65_HS1-834228961_62-HQ-83894_Section_10
Agency: FBI
Page 131
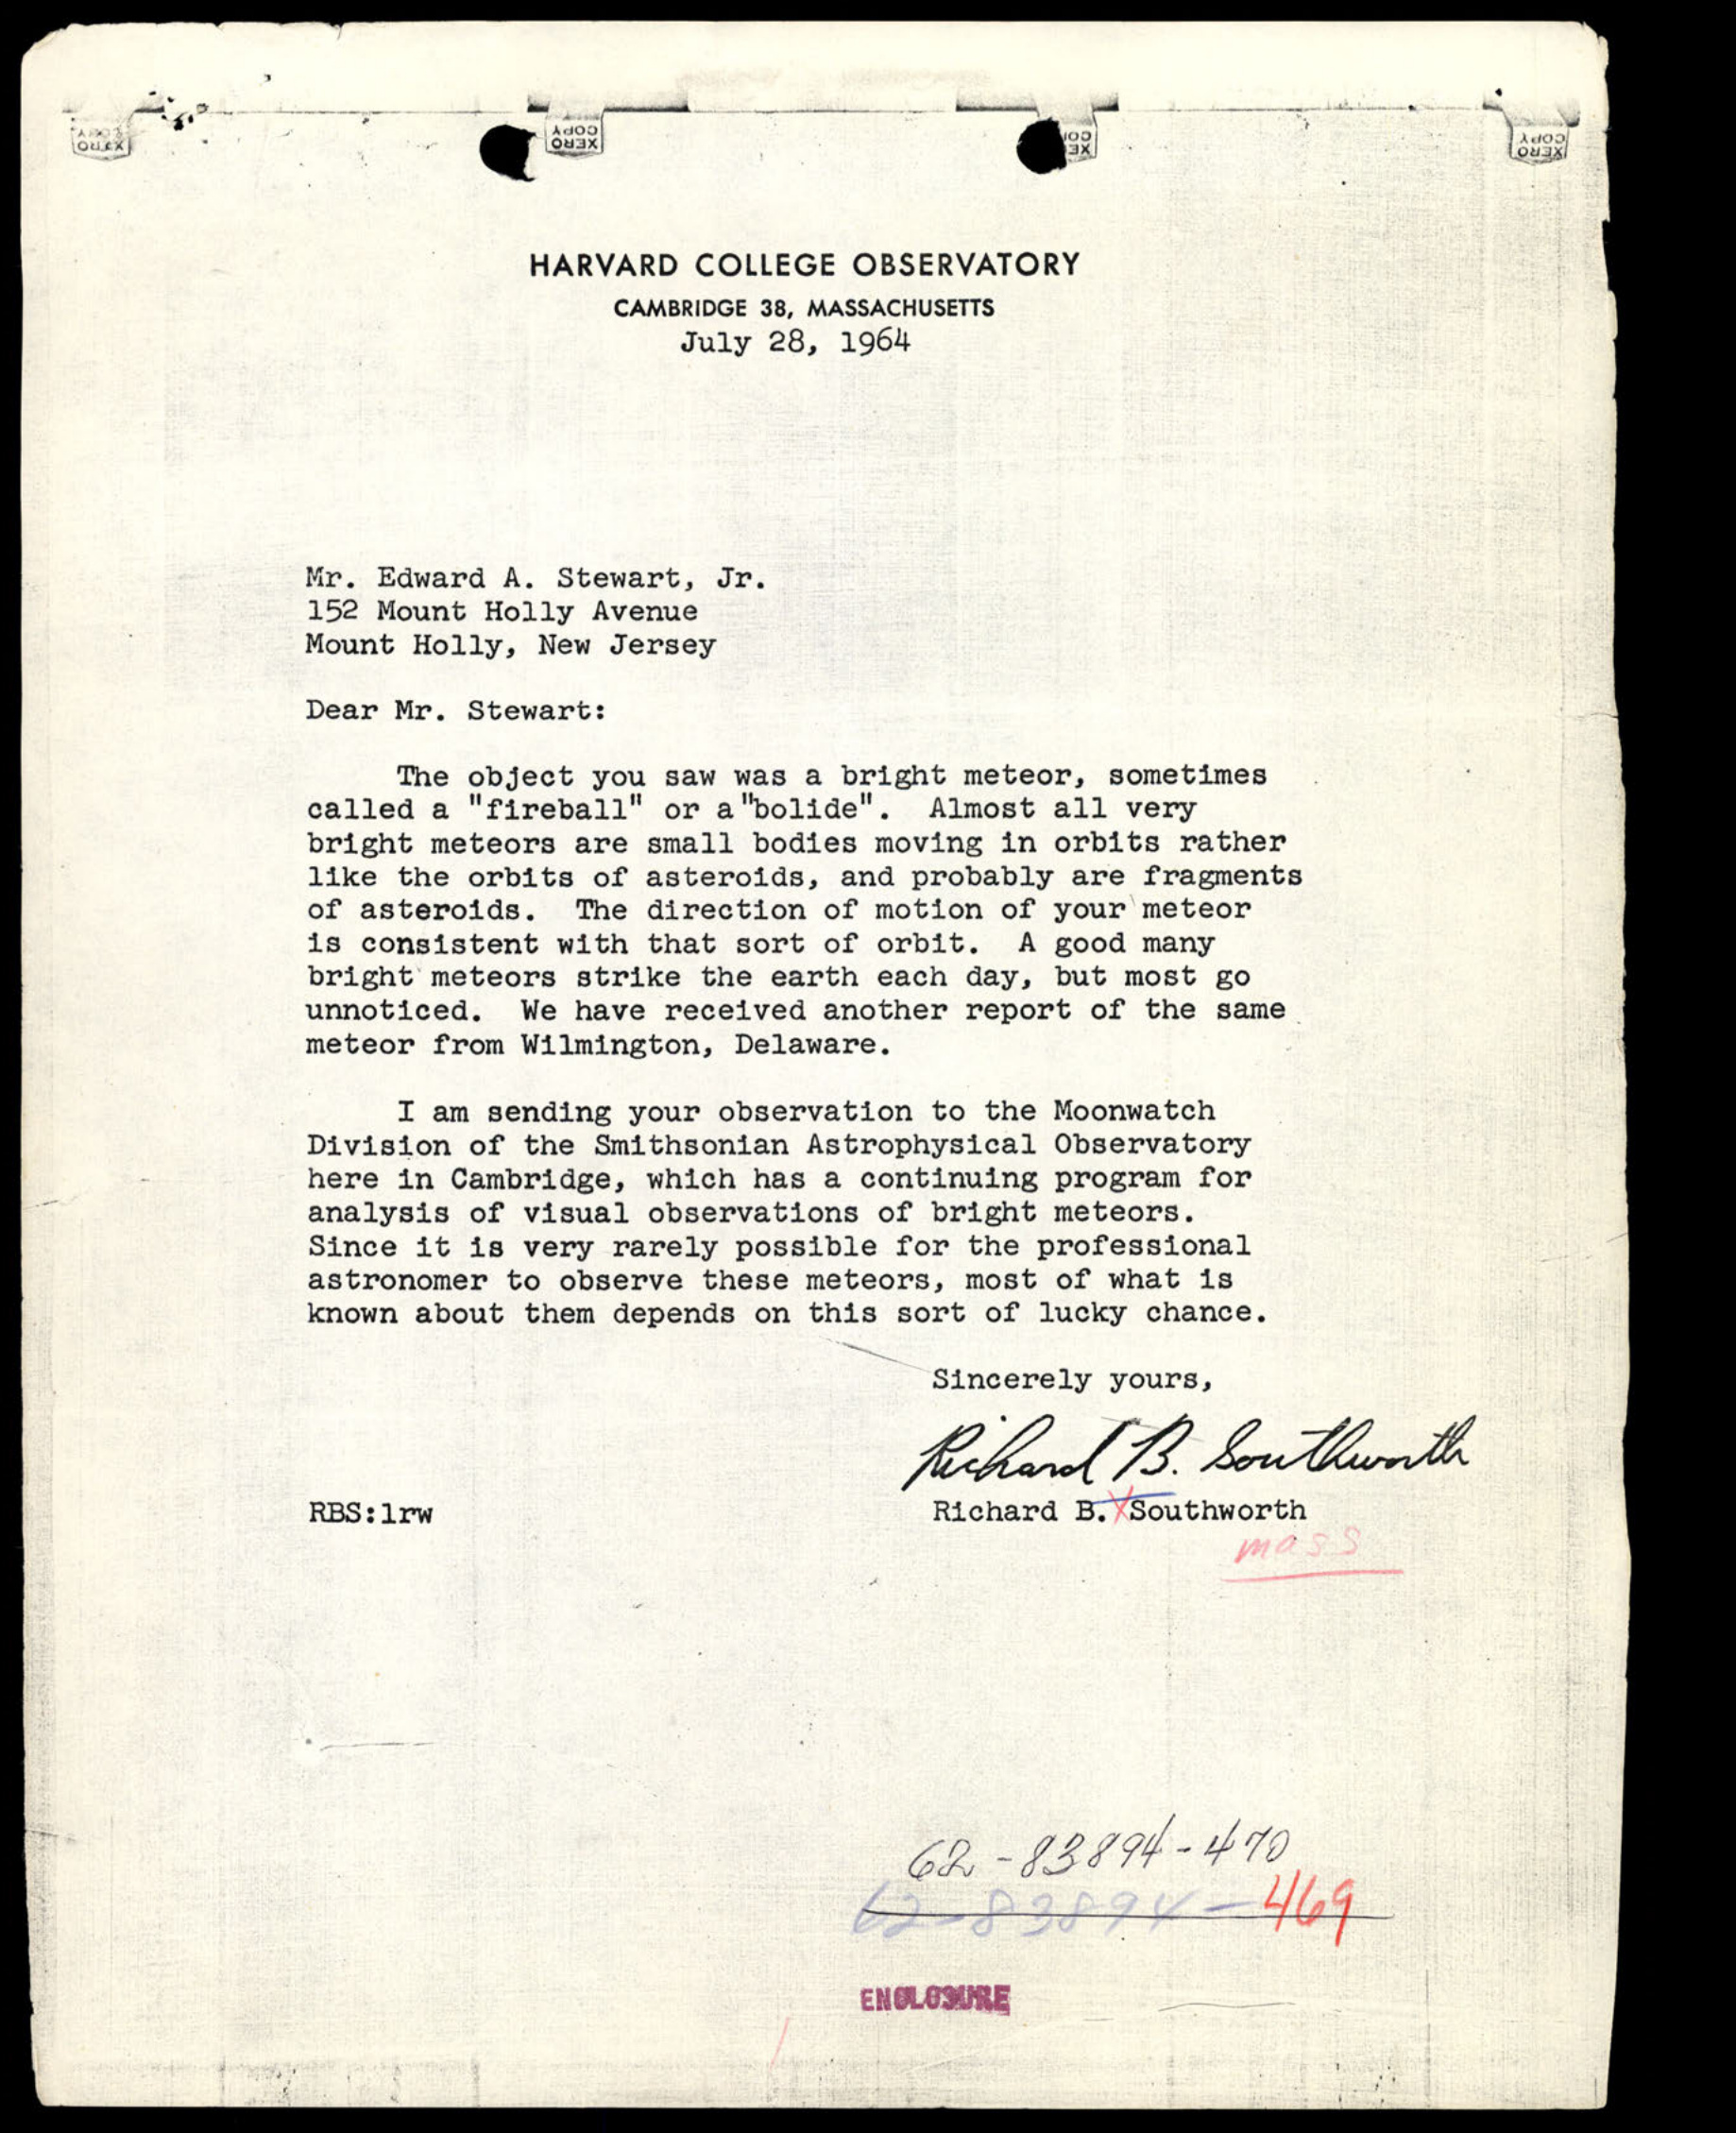